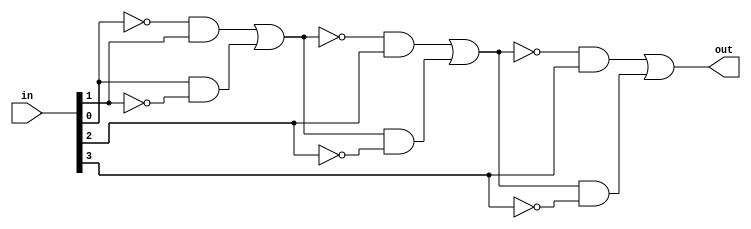
module Parity_Generator(in, out);

	input[3:0] in;
	output out;
	
	assign out1 = (~in[0]&in[1])|(in[0]&~in[1]);
	assign out2 = (~out1&in[2])|(out1&~in[2]);
	assign out = (~out2&in[3])|(out2&~in[3]);
	
endmodule